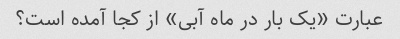
عبارت «یک بار در ماه آبی» از کجا آمده است؟